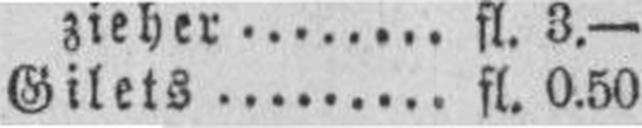
Gilets fl. 0.50